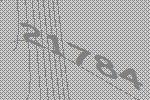
21784